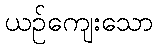
ယဉ်ကျေးသော